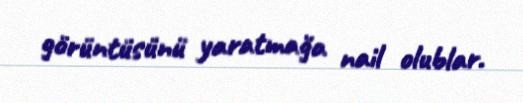
görüntüsünü yaratmağa nail olublar.